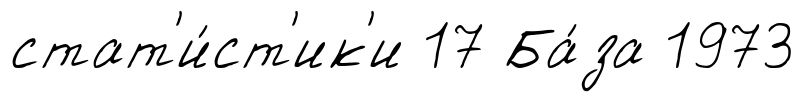
стат'и́ст'ик'и 17 Ба́за 1973